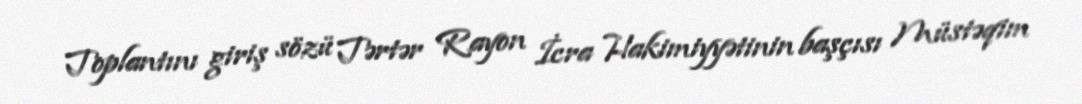
Toplantını giriş sözü Tərtər Rayon İcra Hakimiyyətinin başçısı Müstəqim